Report on the bubonic plague in Bombay, 1896-1897
Year: 1896
Disease focus: Plague
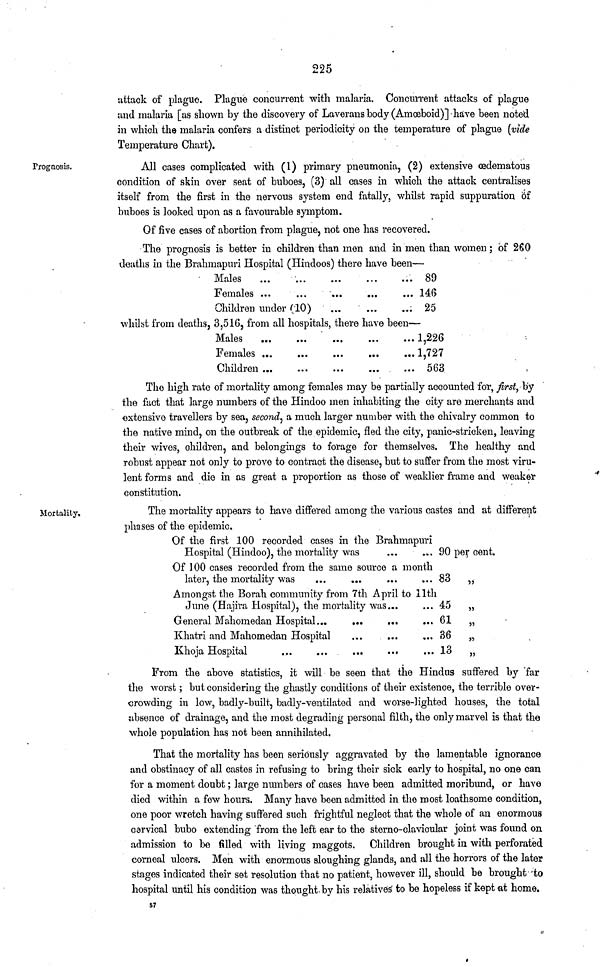
225
attack of plague. Plague concurrent with malaria. Concurrent attacks of plague
and malaria [as shown by the discovery of Laverans body (Amœboid)] have been noted
in which the malaria confers a distinct periodicity on the temperature of plague (vide
Temperature Chart).
Trognosis.
All cases complicated with (1) primary pneumonia, (2) extensive cedematous
condition of skin over seat of buboes, (3) all cases in which the attack centralises
itself from the first in the nervous system end fatally, whilst rapid suppuration of
buboes is looked upon as a favourable symptom.
Of five cases of abortion from plague, not one has recovered.
The prognosis is better in children than men and in men than women ; of 260
deaths in the Brahmapuri Hospital (Hindoos) there have been—
Males ...
Females ...
Children under (10)
...
...
...
89
146
25
whilst from deaths, 3,516, from all hospitals, there have been—
Males ...
Females ...
Children ...
1,226
1,727
563
The high rate of mortality among females may be partially accounted for, first, by
the fact that large numbers of the Hindoo men inhabiting the city are merchants and
extensive travellers by sea, second, a much larger number with the chivalry common to
the native mind, on the outbreak of the epidemic, fled the city, panic-stricken, leaving
their wives, children, and belongings to forage for themselves. The healthy and
robust appear not only to prove to contract the disease, but to suffer from the most viru-
lent forms and die in as great a proportion as those of weaklier frame and weaker
constitution.
Mortality,
The mortality appears to have differed among the various castes and at different
phases of the epidemic.
Of the first 100 recorded cases in the Brahmapuri
Hospital (Hindoo), the mortality was
...
... 90 per cent.
Of 100 cases recorded from the same source a month
Amongst the Borah community from 7th April to 11th
June (Hajira Hospital), the mortality was...
... 45 ,,
Khatri and Mahomedan Hospital
...
...
... 36 „
Khoja Hospital
...
...
...
...
... 13 „
From the above statistics, it will be seen that the Hindus suffered by far
the worst ; but considering the ghastly conditions of their existence, the terrible over-
crowding in low, badly-built, badly-ventilated and worse-lighted houses, the total
absence of drainage, and the most degrading personal filth, the only marvel is that the
whole population has not been annihilated.
That the mortality has been seriously aggravated by the lamentable ignorance
and obstinacy of all castes in refusing to bring their sick early to hospital, no one can
for a moment doubt ; large numbers of cases have been admitted moribund, or have
died within a few hours. Many have been admitted in the most loathsome condition,
one poor wretch having suffered such frightful neglect that the whole of an enormous
cervical bubo extending from the left ear to the sterno-clavicular joint was found on
admission to be filled with living maggots. Children brought in with perforated
corneal ulcers. Men with enormous sloughing glands, and all the horrors of the later
stages indicated their set resolution that no patient, however ill, should be brought to
hospital until his condition was thought by his relatives to be hopeless if kept at home.
57